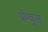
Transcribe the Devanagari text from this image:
फ्रेंच्स